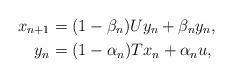
LaTeX: \begin{align*}x_{n+1} & = (1-\beta_n)Uy_n + \beta_n y_n,\\y_{n} & = (1-\alpha_n)T x_n + \alpha_n u,\end{align*}